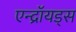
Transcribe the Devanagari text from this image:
एन्द्रॉयड्स